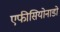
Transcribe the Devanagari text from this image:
एफीसियोनाडो